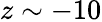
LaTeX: z\sim-10